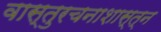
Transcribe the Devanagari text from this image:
वास्तुरचनाशास्त्न